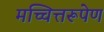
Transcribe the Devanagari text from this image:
मच्चित्तरूपेण